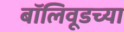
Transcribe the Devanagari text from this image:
बॉलिवूडच्या